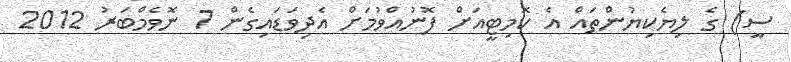
ސީ) ގެ ލިޔެކިޔުންތައް އެ ކޮމިޓީއަށް ފޮނުއްވުމަށް އެދިވަޑައިގެން 7 ނޮވެމްބަރު 2012